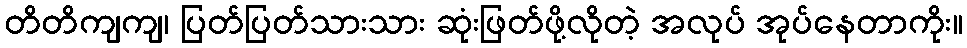
တိတိကျကျ၊ ပြတ်ပြတ်သားသား ဆုံးဖြတ်ဖို့လိုတဲ့ အလုပ် အုပ်နေတာကိုး။